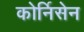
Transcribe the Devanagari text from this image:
कोर्निसेन